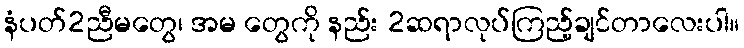
နံပတ်2ညီမတွေ၊ အမ တွေကို နည်း 2ဆရာလုပ်ကြည့်ချင်တာလေးပါ။